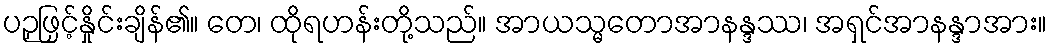
ပဉှဖြင့်နှိုင်းချိန်၏။ တေ၊ ထိုရဟန်းတို့သည်။ အာယသ္မတောအာနန္ဒဿ၊ အရှင်အာနန္ဒာအား။